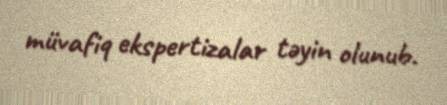
müvafiq ekspertizalar təyin olunub.